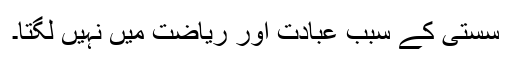
سستی کے سبب عبادت اور ریاضت میں نہیں لگتا۔